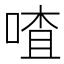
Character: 喳